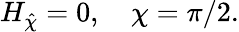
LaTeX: H_{\hat{\chi}}=0,\quad\chi=\pi/2.